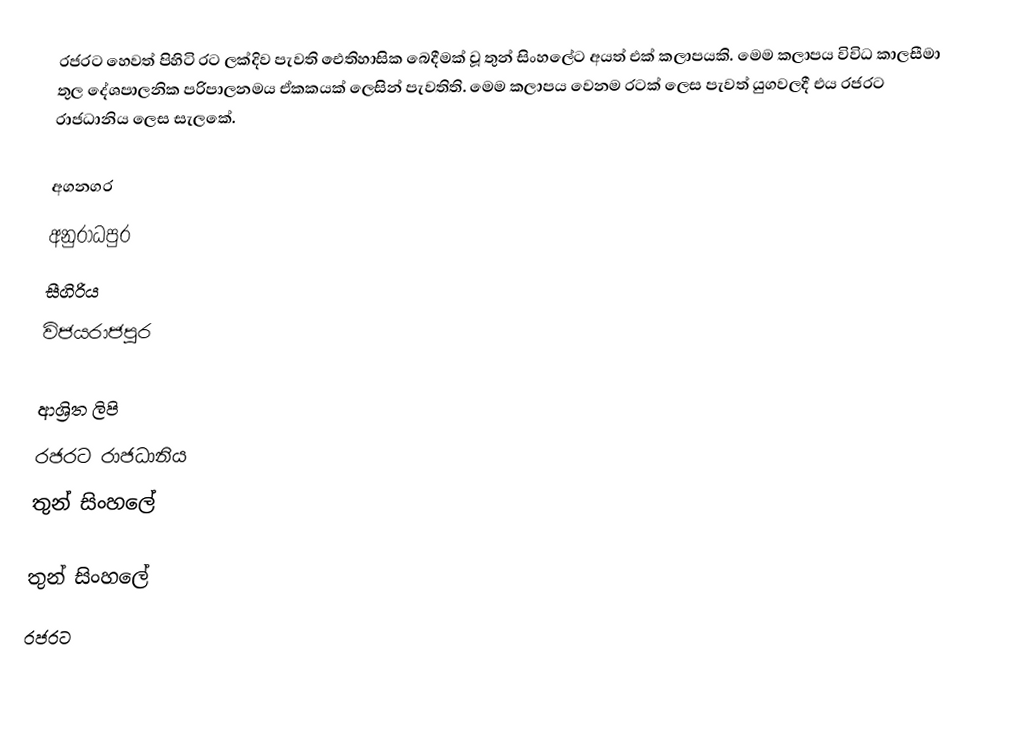
රජරට හෙවත් පිහිටි රට ලක්දිව පැවති ඓතිහාසික බෙදීමක් වූ තුන් සිංහලේට අයත් එක් කලාපයකි. මෙම කලාපය විවිධ කාලසීමා තුල දේශපාලනික පරිපාලනමය ඒකකයක් ලෙසින් පැවතිති. මෙම කලාපය වෙනම රටක් ලෙස පැවත් යුගවලදී එය රජරට රාජධානිය ලෙස සැලකේ.

අගනගර
 අනුරාධපුර
 සීගිරිය
 විජයරාජපුර

ආශ්‍රිත ලිපි
 රජරට රාජධානිය
 තුන් සිංහලේ

තුන් සිංහලේ
රජරට